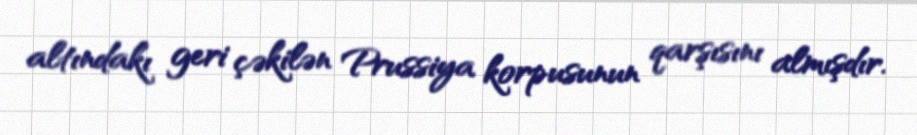
altındakı geri çəkilən Prussiya korpusunun qarşısını almışdır.